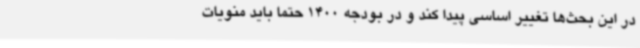
در این بحث‌ها تغییر اساسی پیدا کند و در بودجه 1400 حتما باید منویات